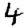
Digit: 4